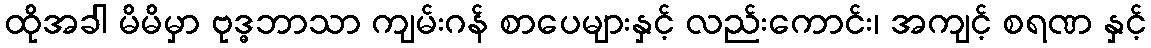
ထိုအခါ မိမိမှာ ဗုဒ္ဓဘာသာ ကျမ်းဂန် စာပေများနှင့် လည်းကောင်း၊ အကျင့် စရဏ နှင့်